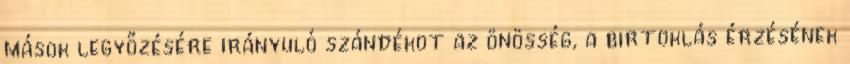
mások legyőzésére irányuló szándékot az önösség, a birtoklás érzésének